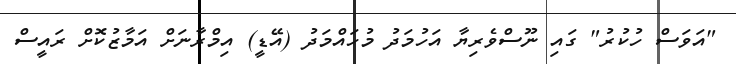
"އަވަސް ހުކުރު" ގައި ނޫސްވެރިޔާ އަހުމަދު މުހައްމަދު (އޭޑީ) އިމްރާނަށް އަމާޒުކޮށް ރައީސް